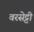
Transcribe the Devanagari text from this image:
वरसेट्टी